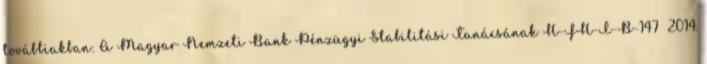
továbbiakban: A Magyar Nemzeti Bank Pénzügyi Stabilitási Tanácsának H-FH-I-B-147 2014.